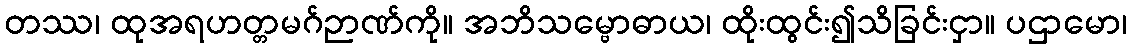
တဿ၊ ထုအရဟတ္တမဂ်ဉာဏ်ကို။ အဘိသမ္ဗောဓာယ၊ ထိုးထွင်း၍သိခြင်းငှာ။ ပဌာမော၊